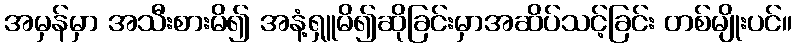
အမှန်မှာ အသီးစားမိ၍ အနံ့ရှူမိ၍ဆိုခြင်းမှာအဆိပ်သင့်ခြင်း တစ်မျိုးပင်။